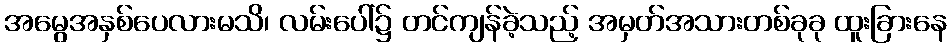
အမွေအနှစ်ပေလားမသိ၊ လမ်းပေါ်၌ တင်ကျန်ခဲ့သည့် အမှတ်အသားတစ်ခုခု ထူးခြားနေ